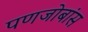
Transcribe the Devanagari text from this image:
पणजोबांस